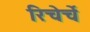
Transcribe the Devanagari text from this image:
रिचेर्चे